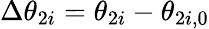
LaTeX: \Delta\theta_{2i}=\theta_{2i}-\theta_{2i,0}